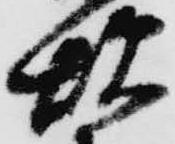
炊